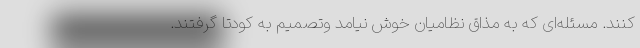
کنند. مسئله‌ای که به مذاق نظامیان خوش نیامد وتصمیم به کودتا گرفتند.